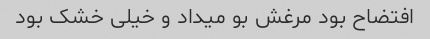
افتضاح بود مرغش بو میداد و خیلی خشک بود